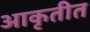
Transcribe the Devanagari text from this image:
आकृतीत